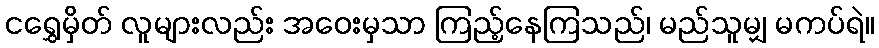
ငရွှေမှိတ် လူများလည်း အဝေးမှသာ ကြည့်နေကြသည်၊ မည်သူမျှ မကပ်ရဲ။